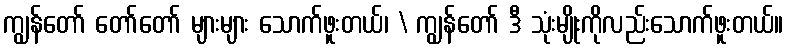
ကျွန်တော် တော်တော် များများ သောက်ဖူးတယ်၊ \ ကျွန်တော် ဒီ သုံးမျိုးကိုလည်းသောက်ဖူးတယ်။